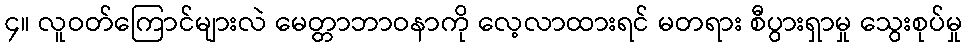
၄။ လူဝတ်ကြောင်များလဲ မေတ္တာဘာဝနာကို လေ့လာထားရင် မတရား စီပွားရှာမှု သွေးစုပ်မှု